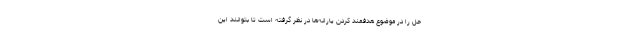
حل را در موضوع هدفمند کردن یارانه‌ها در نظر گرفته است تا بتوانند این